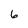
Character: 6